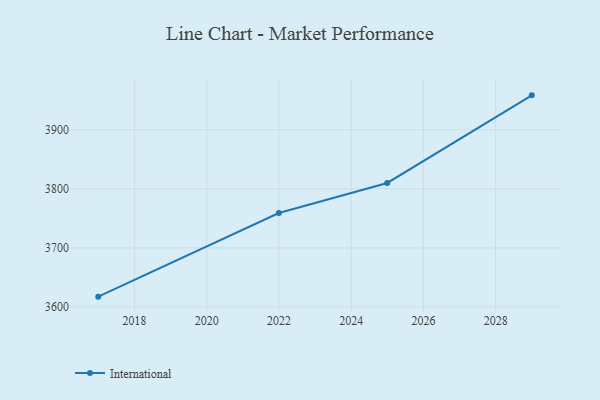
{"axis": {"x": "Year", "y": "Satisfaction Score"}, "legend": ["International"], "data": [{"x": "2017", "y": 3617.6, "type": "International"}, {"x": "2022", "y": 3759.0, "type": "International"}, {"x": "2025", "y": 3809.9, "type": "International"}, {"x": "2029", "y": 3958.1, "type": "International"}]}